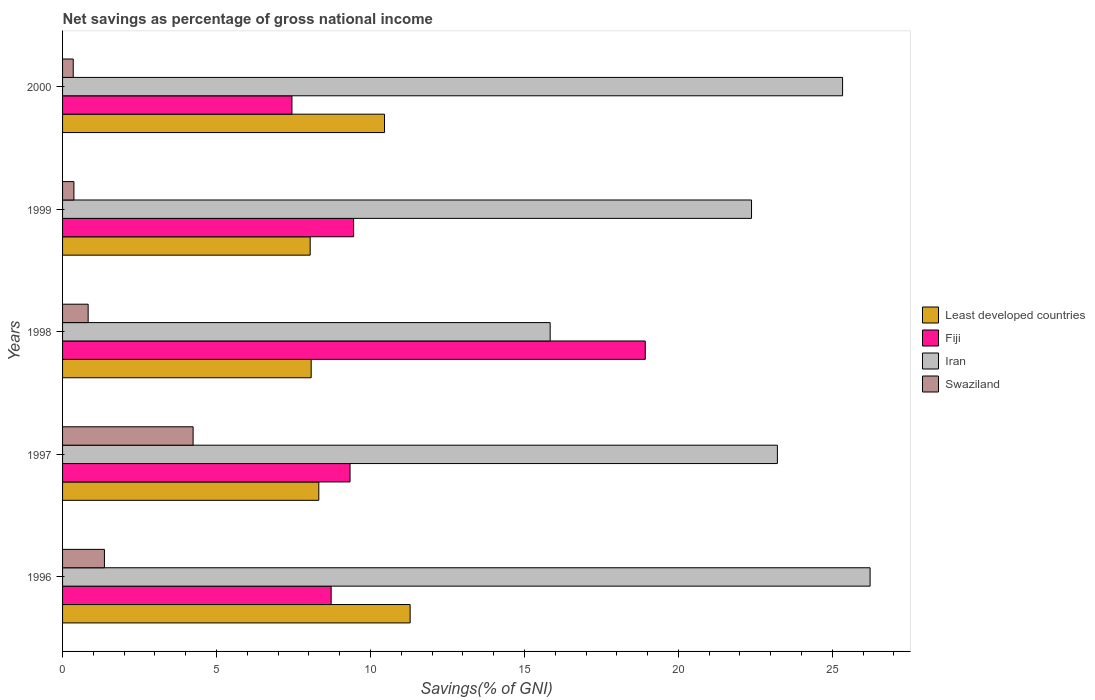
| Years | Least developed countries | Fiji | Iran | Swaziland |
 | --- | --- | --- | --- | --- |
 | 1996 | 11.3 | 8.72 | 26.2 | 1.36 |
 | 1997 | 8.32 | 9.34 | 23.2 | 4.24 |
 | 1998 | 8.07 | 18.9 | 15.8 | 0.831 |
 | 1999 | 8.04 | 9.45 | 22.4 | 0.369 |
 | 2000 | 10.5 | 7.45 | 25.3 | 0.346 |